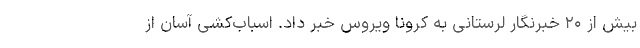
بیش از ۲۰ خبرنگار لرستانی به کرونا ویروس خبر داد. اسباب‌کشی آسان از